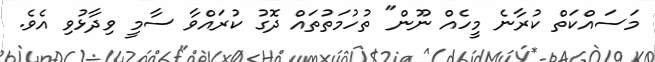
މަސައްކަތް ކުރާނެ މީހެއް ނޫން" ތުހުމަތުތައް ދޮގު ކުރައްވާ ސާމީ ވިދާޅުވި އެވެ.